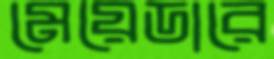
মেয়েডারে